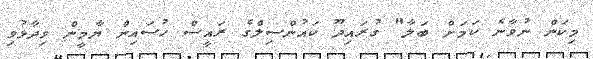
މިކަން ނުވާނެ ކަމަށް ބަލާ" ގުރައިދޫ ކައުންސިލްގެ ރައީސް ހުސައިން ޔާމީން ވިދާޅުވި